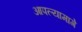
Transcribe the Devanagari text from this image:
आपल्यामागे